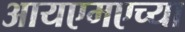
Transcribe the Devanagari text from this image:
आयएमएच्या